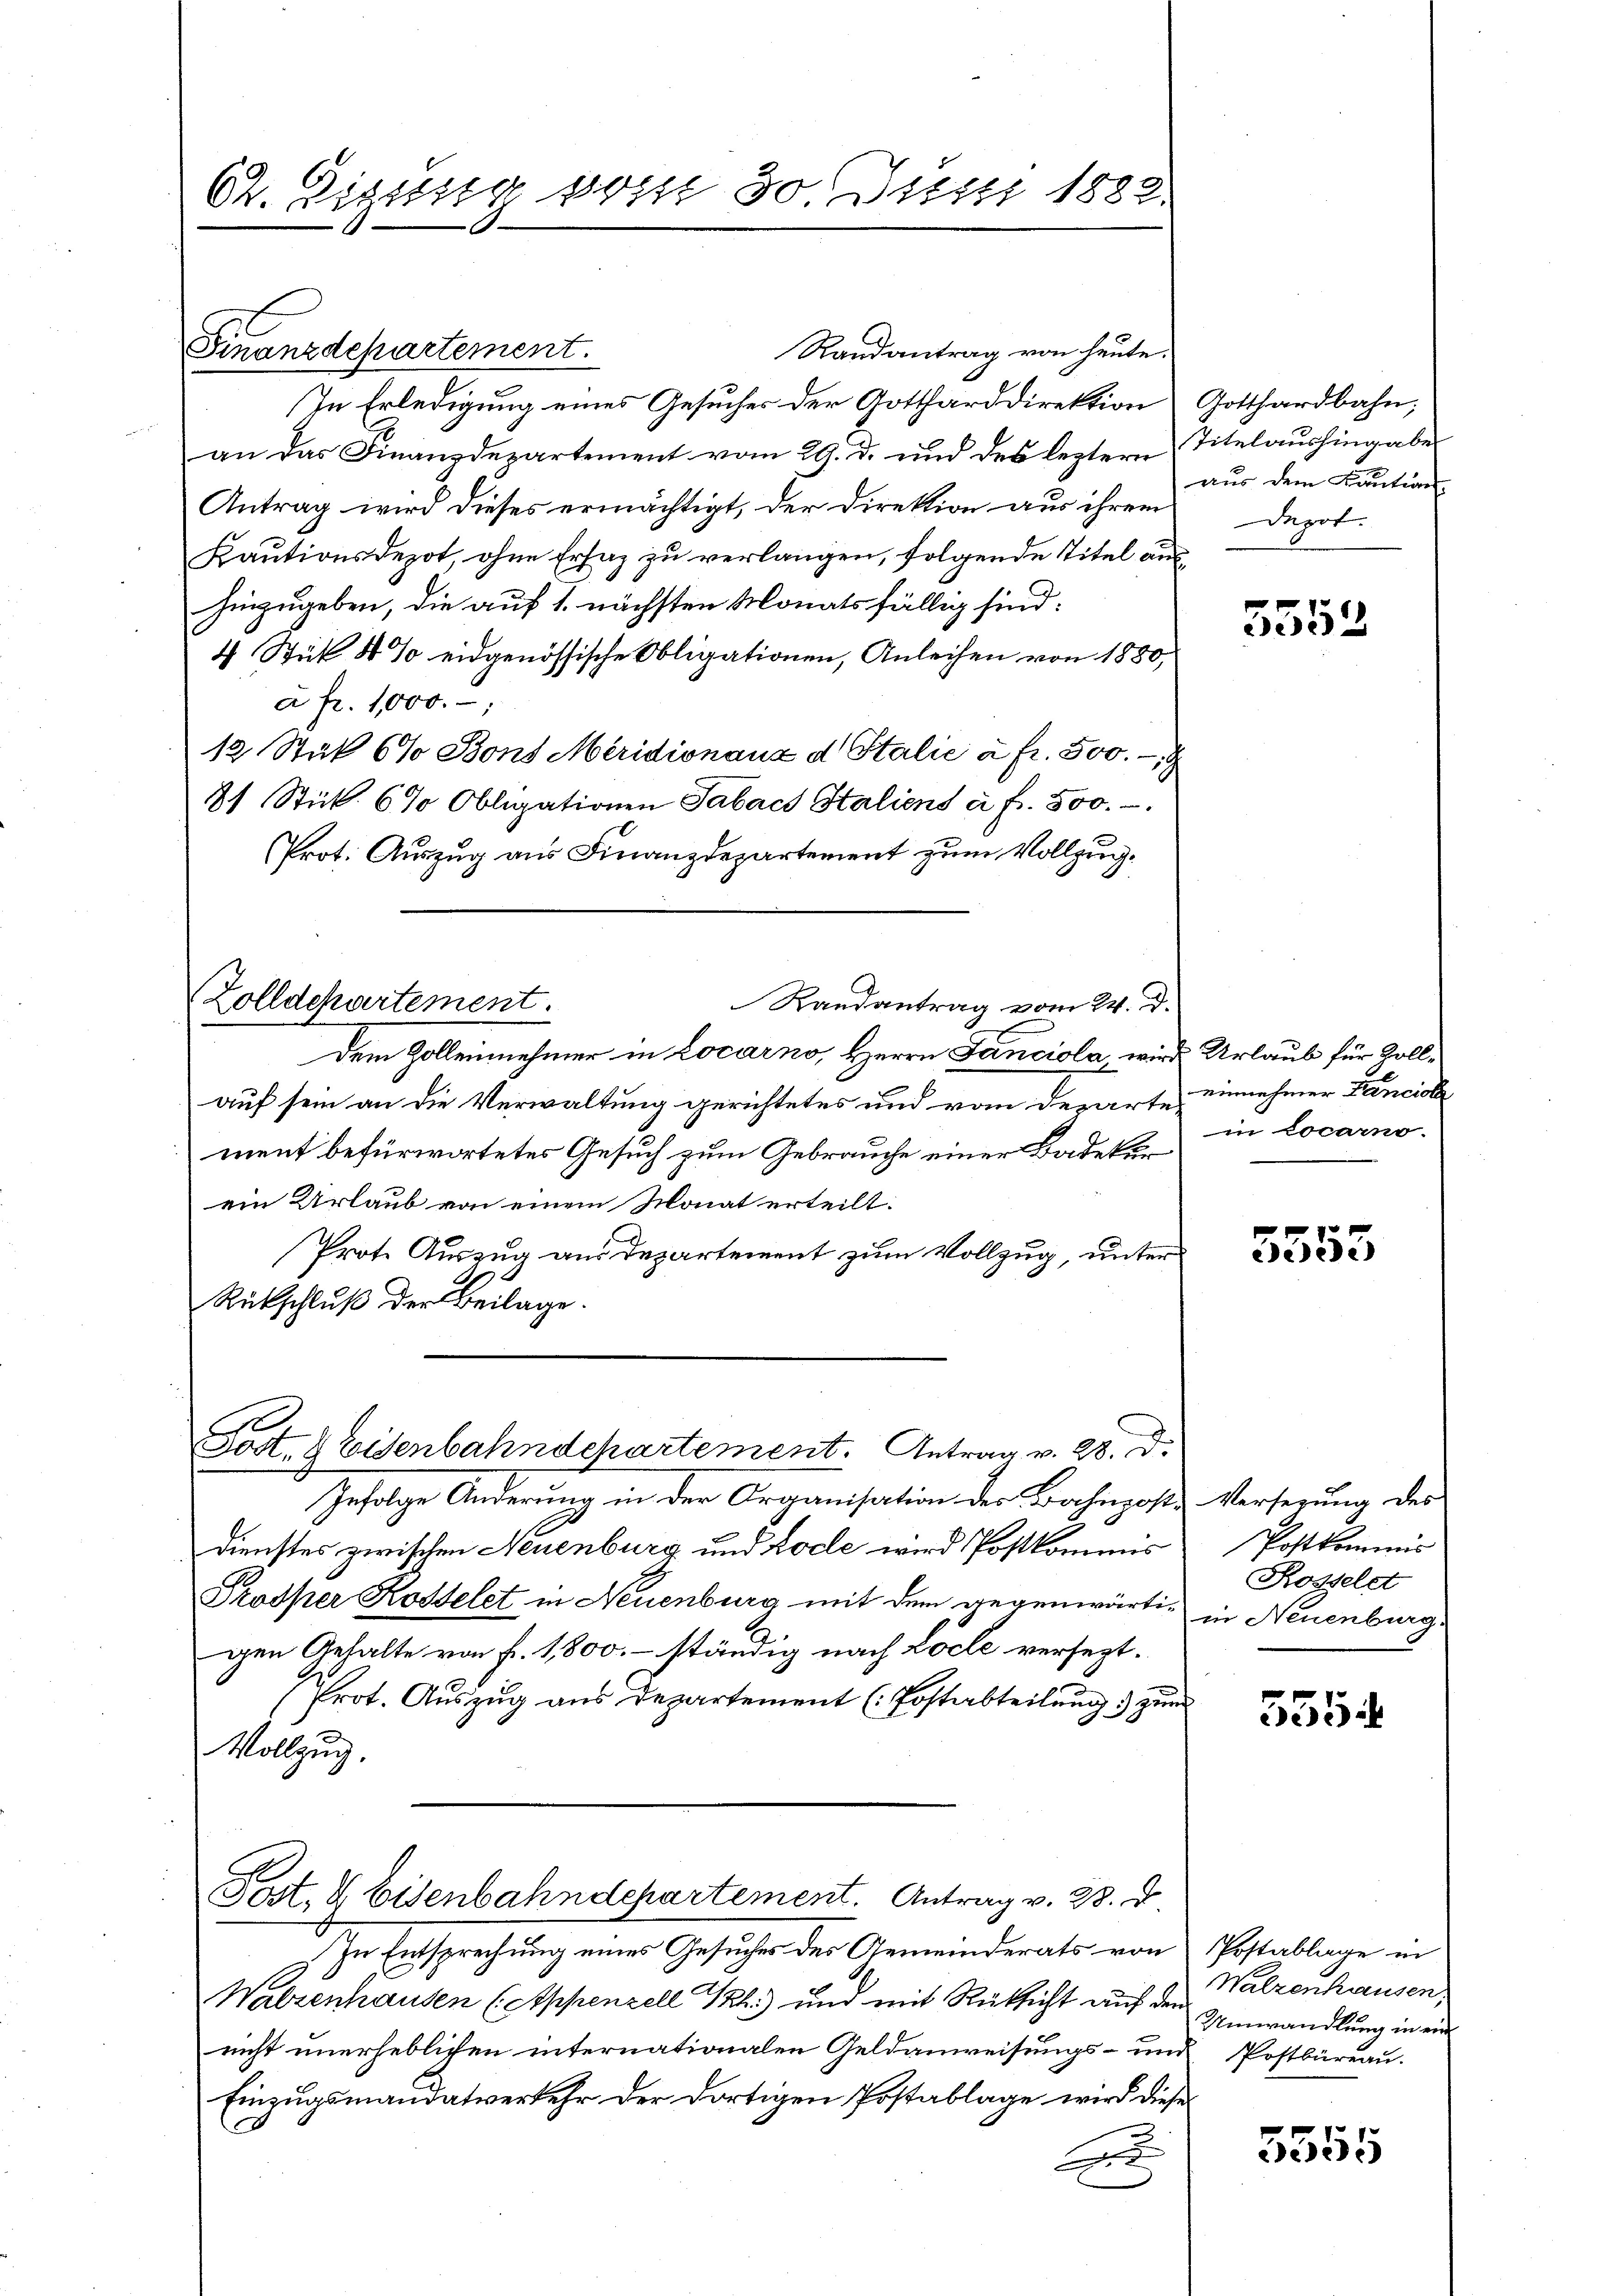
62. Eigung vom 30. Justi 1882.

Finanzdepartement.

Zolldepartement.

Randantrag von heute.
In Erledigung eines Gesuches der Gottharddirektion Gotthardbahn;
an das Finanzdepartement vom 29. d. und des leztern Titelaushingaber
Antrag wird dieses ermächtigt, der Direktion aus ihrem
Kautionsdepot, ohne Ersaz zu verlangen, folgende Titel aushinzugeben, die auf 1. nächsten Monatsfällig sind:
4 Stick 4 % eidgenössische Obligationen, Anleihen von 1880,
a fr. 1000.
12 Stük 6% Bons Meridionauz d Stalie à fr. 500. 19
31 Stick. 6% Obligationen Tabach Staliens à f. 500.-
Prot. Auszug aus Finanzdepartement zum Vollzug.
Randantrag vom 24. d.
Dem Zolleinehmer in Locarno, Herrn Janciola wird Urlaub für Zollauf sein an die Verwaltung gerichtetes und vom Departe einnehmer Lanciel
ment befürwortetes Gesuch zum Gebrauche einer Badeker
ein Urlaub von einem Monat erteilt.
Prote Auszug aus Departement zum Vollzug, unter
Rückschluß der Beilage.
Post- & Eisenbahndchartement. Antrag v. 28. d.
Infolge Änderung in der Organisation des Bahnpostdienstes zwischen Neuenburg und Loche wird Postkommis
Prosper Kostelet in Neuenburg mit dem gegenwärtig in Neuenburg,
gen Gehalte von f. 1,800. – ständig nach Löcle versezt.
frot. Auszug aus Departement (Postabteilung) zum
Vollzug.
Post. & Eisenbahndepartement. Antrag v. 28. d.

In Entsprechung eines Gesuches des Gemeinderats von
Walzenhausen (Appenzell Th.) und mit Rücksicht auf den Walzenhausen,
nicht unerheblichen internationalen Geldanweisungs- und Postbüreau.
Einzugsmandatverkehr der dortigen Postablage wird diese
A

aus dem Kaution
Depot.

5552

in Locarno.

5553

Versezung des
Postkommis
Rosselet

55

Postablage in
Umwandlung in ein

5555